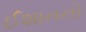
ઈશાનનો